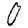
Digit: 0